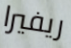
ريفيرا